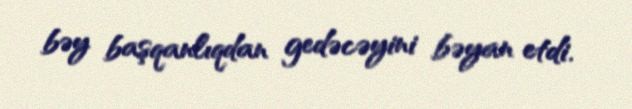
bəy başqanlıqdan gedəcəyini bəyan etdi.